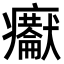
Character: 𤼇